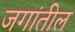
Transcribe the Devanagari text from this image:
जगांतील